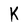
Character: K